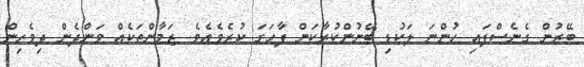
ބޭރުން ގެނެސްފައި ހުންނަ ލަކުޑި ބޭނުންކުރާކަން ފާހަގަ ކުރެވެއެވެ. ޒަމާންތަކެއް ވަންދެން ދިވެހިން